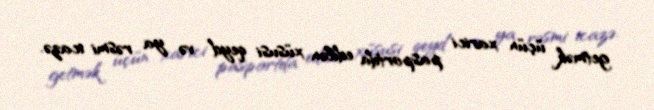
getmək üçün xarici pasportda edilən xüsusi qeyd və ya rəsmi icazə.